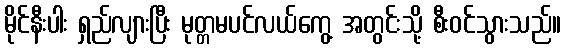
မိုင်နီးပါး ရှည်လျားပြီး မုတ္တမပင်လယ်ကွေ့ အတွင်းသို့ စီးဝင်သွားသည်။